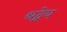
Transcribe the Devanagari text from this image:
श्रद्वेय